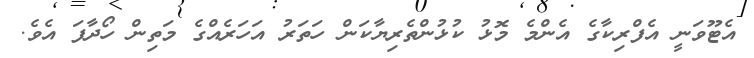
އެޓޫވަނީ އެފްރިކާގެ އެންމެ މޮޅު ކުޅުންތެރިޔާކަން ހަތަރު އަހަރެއްގެ މަތިން ހޯދާފަ އެވެ.